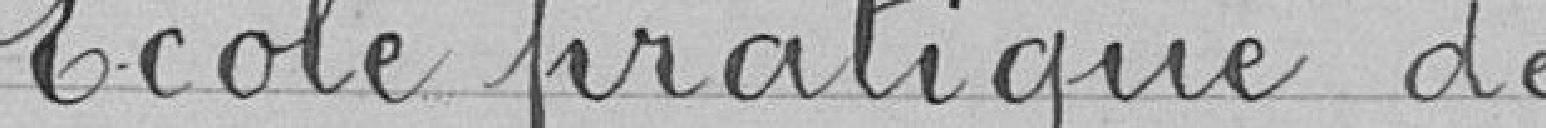
École pratique de